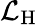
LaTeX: {\mathcal{L}}_{\mathrm{H}}